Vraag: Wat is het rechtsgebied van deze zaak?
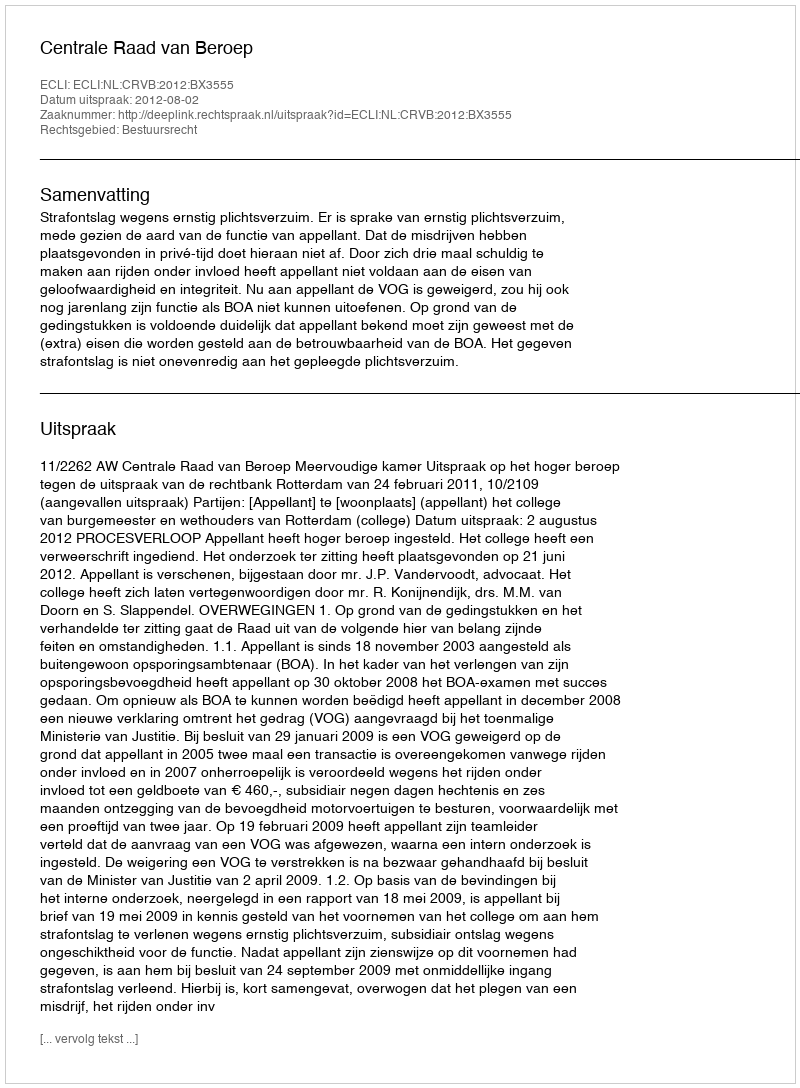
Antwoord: Bestuursrecht